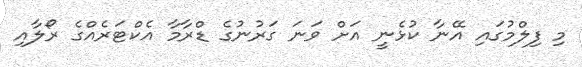
މި ފިލްމުގައި އޭނާ ކުޅެނީ އަށް ވަނަ ގަރުނުގެ ޑްރާމާ އެކްޓަރެއްގެ ރޯލާއި